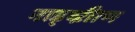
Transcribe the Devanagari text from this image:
नाड्व्ऱीाण